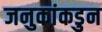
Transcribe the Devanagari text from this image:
जनुकांकडुन